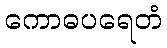
ကောဓပရေတံ